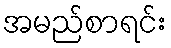
အမည်စာရင်း